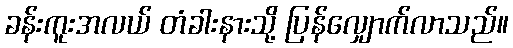
ခန်းကူးအလယ် တံခါးနားသို့ ပြန်လျှောက်လာသည်။